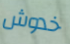
خدوش